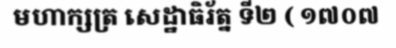
មហាក្សត្រ សេដ្ឋាធិរ័ត្ន ទី២ ( ១៧០៧